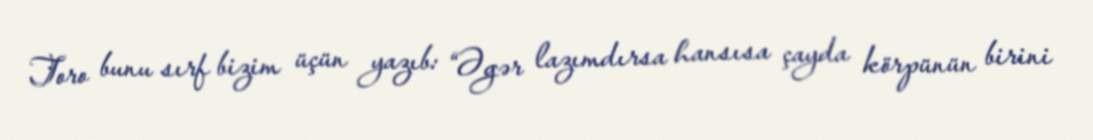
Toro bunu sırf bizim üçün yazıb: “Əgər lazımdırsa hansısa çayda körpünün birini